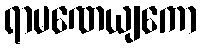
ရာမဏေယျကော